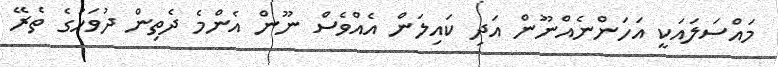
މައްސަލައަކީ އަހަންނެއްނޫން އަދި ކައިލަން އެއްވެސް ނޫން އެންމެ ދެތިން ދުވަހުގެ ތެރޭ